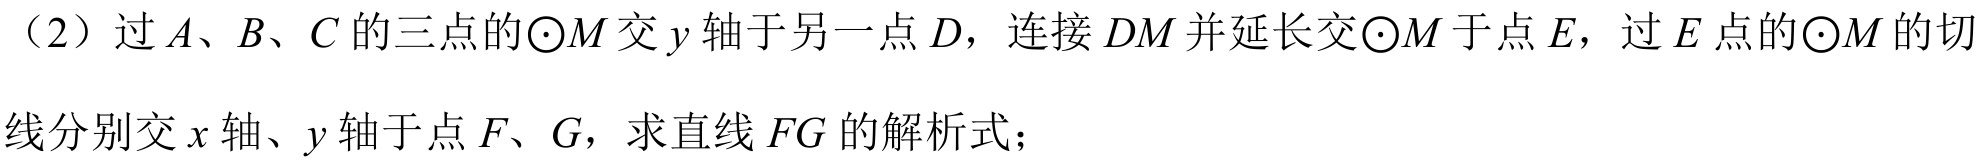
（2）过 \(A\)、\(B\)、\(C\) 的三点的\(\odot M\) 交 \(y\) 轴于另一点 \(D\)，连接 \(DM\) 并延长交\(\odot M\) 于点 \(E\)，过 \(E\) 点的\(\odot M\) 的切线分别交 \(x\) 轴、\(y\) 轴于点 \(F\)、\(G\)，求直线 \(FG\) 的解析式；